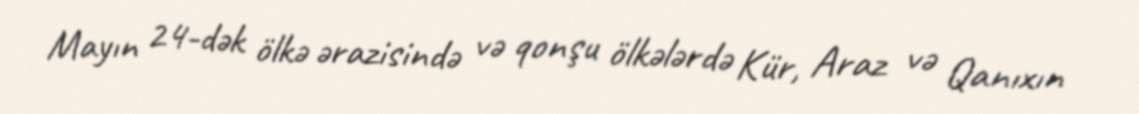
Mayın 24-dək ölkə ərazisində və qonşu ölkələrdə Kür, Araz və Qanıxın